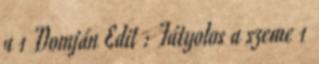
a 1 Domján Edit : Fátyolos a szeme 1